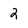
Character: 2